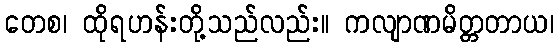
တေစ၊ ထိုရဟန်းတို့သည်လည်း။ ကလျာဏမိတ္တတာယ၊